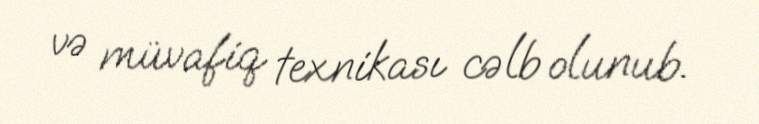
və müvafiq texnikası cəlb olunub.